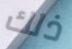
ذلك